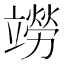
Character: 𫁭